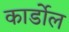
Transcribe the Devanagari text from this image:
कार्डोल